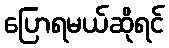
ပြောရမယ်ဆိုရင်